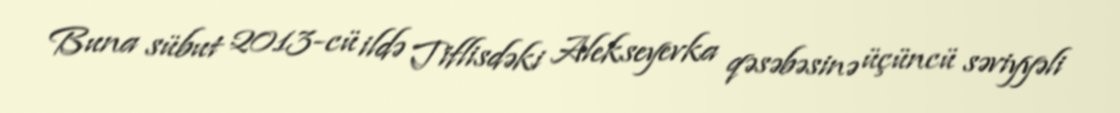
Buna sübut 2013-cü ildə Tiflisdəki Alekseyevka qəsəbəsinə üçüncü səviyyəli